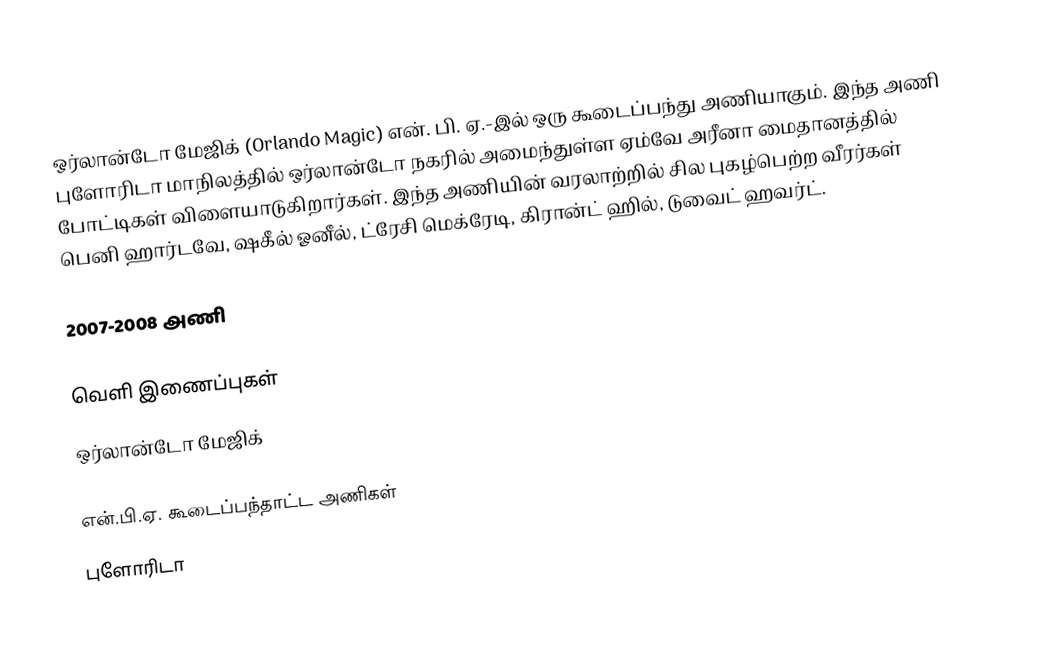
ஒர்லான்டோ மேஜிக் (Orlando Magic) என். பி. ஏ.-இல் ஒரு கூடைப்பந்து அணியாகும். இந்த அணி புளோரிடா மாநிலத்தில் ஒர்லான்டோ நகரில் அமைந்துள்ள  ஏம்வே அரீனா மைதானத்தில் போட்டிகள் விளையாடுகிறார்கள். இந்த அணியின் வரலாற்றில் சில புகழ்பெற்ற வீரர்கள் பெனி ஹார்டவே, ஷகீல் ஓனீல், ட்ரேசி மெக்ரேடி, கிரான்ட் ஹில், டுவைட் ஹவர்ட்.

2007-2008 அணி

வெளி இணைப்புகள்
 ஒர்லான்டோ மேஜிக்

என்.பி.ஏ. கூடைப்பந்தாட்ட அணிகள்
புளோரிடா